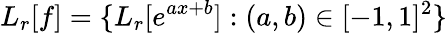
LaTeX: L_{r}[f]=\{ L_{r}[e^{ax+b}]:(a,b)\in[-1,1]^{2}\}